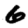
Digit: 6